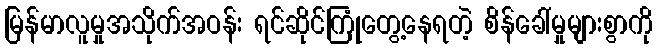
မြန်မာလူမှုအသိုက်အဝန်း ရင်ဆိုင်ကြုံတွေ့နေရတဲ့ စိန်ခေါ်မှုများစွာကို